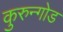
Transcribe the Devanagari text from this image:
कुरुन्गोड